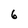
Character: 6